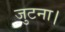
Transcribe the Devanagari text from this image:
जुटना।